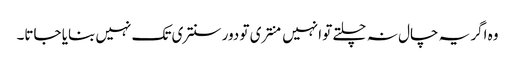
وہ اگر یہ چال نہ چلتے تو انہیں منتری تو دور سنتری تک نہیں بنایا جاتا۔